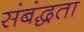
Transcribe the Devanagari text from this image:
संबंद्धता